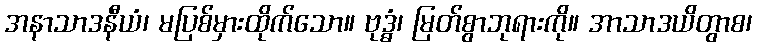
အနာသာဒနီယံ၊ မပြစ်မှားထိုက်သော။ ဗုဒ္ဓံ၊ မြတ်စွာဘုရားကို။ အာသာဒယိတွာစ၊